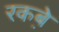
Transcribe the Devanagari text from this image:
रकबे़